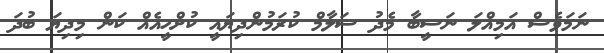
ނަމަވެސް އަމިއްލަ ނަސީބާ މެދު ސަލާމް ކުރަމުންދިޔައީ ކުށްހީއެއް ކަން މިދިޔަ ބުދަ